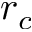
r _ { c }